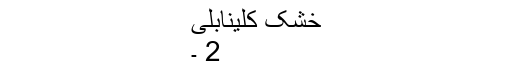
خشک کلینابلی
2 ۔